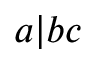
a | b c